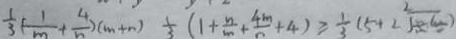
\frac { 1 } { 3 } ( \frac { 1 } { m } + \frac { 4 } { n } ) ( m + m ) \frac { 1 } { 3 } ( 1 + \frac { n } { m } + \frac { 4 m } { n } + 4 ) \geq \frac { 1 } { 3 } ( 5 + 2 ) ^ { 2 }